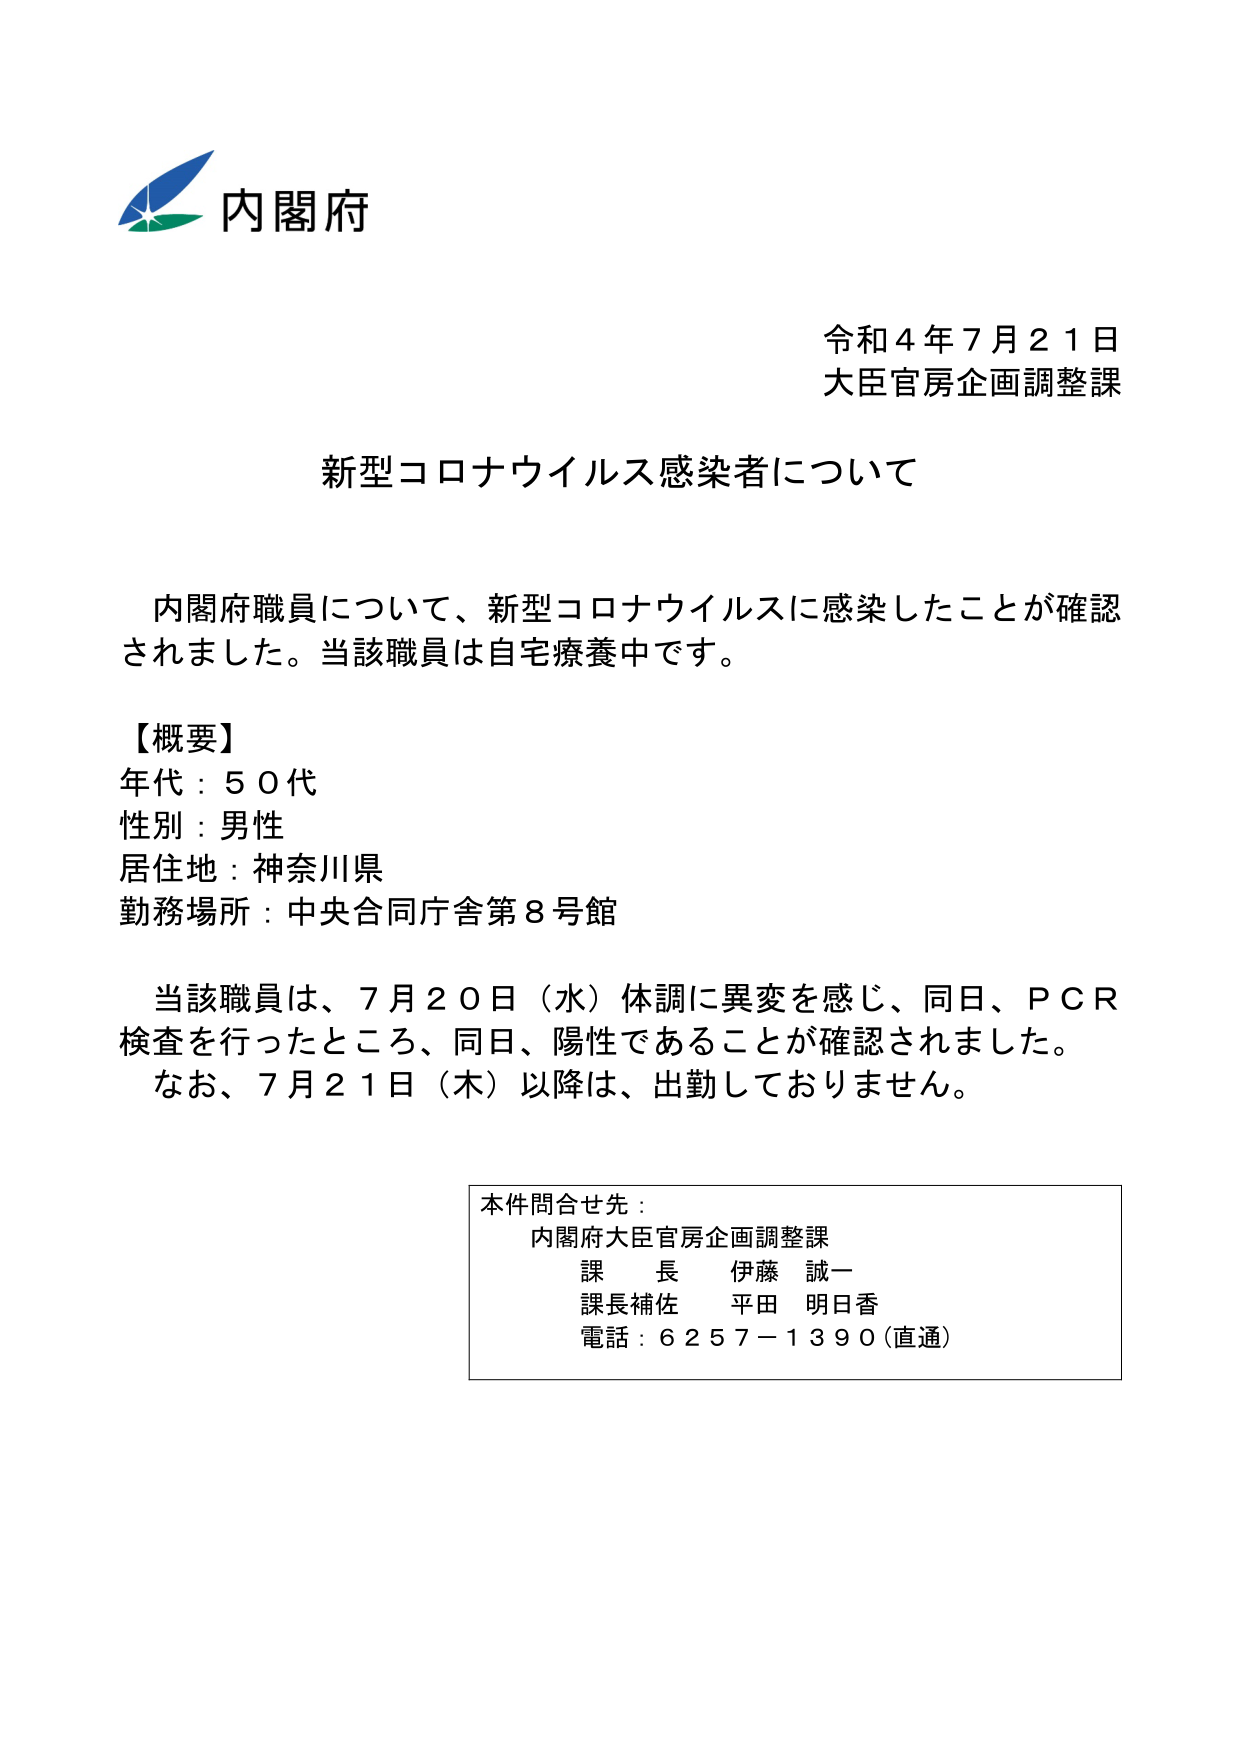
内閣府
令和４年７月２１日
大臣官房企画調整課

新型コロナウイルス感染者について

内閣府職員について、新型コロナウイルスに感染したことが確認されました。当該職員は自宅療養中です。

【概要】
年代：５０代
性別：男性
居住地：神奈川県
勤務場所：中央合同庁舎第８号館

当該職員は、７月２０日（水）体調に異変を感じ、同日、ＰＣＲ検査を行ったところ、同日、陽性であることが確認されました。
なお、７月２１日（木）以降は、出勤しておりません。

本件問合せ先：
内閣府大臣官房企画調整課
課長 伊藤 誠一
課長補佐 平田 明日香
電話：６２５７－１３９０（直通）